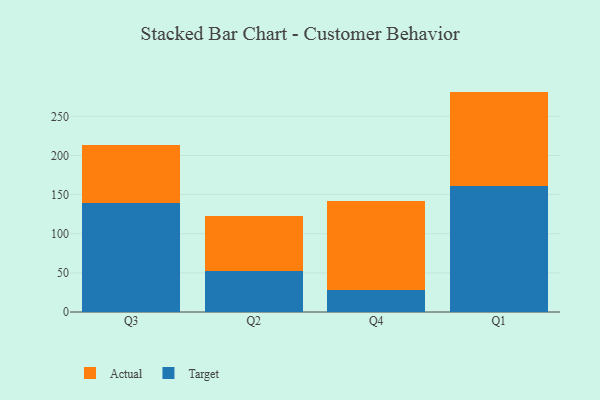
{"axis": {"x": "Quarter", "y": "Customer Acquisition Cost (USD)"}, "legend": ["Actual", "Target"], "data": [{"x": "Q3", "y": 139.7, "type": "Target"}, {"x": "Q3", "y": 74.0, "type": "Actual"}, {"x": "Q2", "y": 52.4, "type": "Target"}, {"x": "Q2", "y": 70.1, "type": "Actual"}, {"x": "Q4", "y": 27.9, "type": "Target"}, {"x": "Q4", "y": 114.1, "type": "Actual"}, {"x": "Q1", "y": 160.4, "type": "Target"}, {"x": "Q1", "y": 121.2, "type": "Actual"}]}